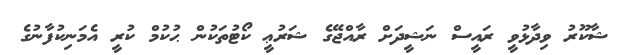
ޝާކޫރު ވިދާޅުވީ ރައީސް ނަޝީދަށް ރާއްޖޭގެ ޝަރުޢީ ކޯޓުތަކުން ޙުކުމް ކުރީ އެމަނިކުފާނުގެ